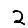
Digit: 2